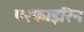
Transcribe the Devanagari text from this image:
परफाइरिन